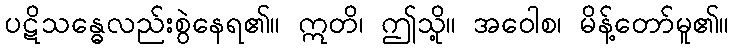
ပဋိသန္ဓေလည်းစွဲနေရ၏။ ဣတိ၊ ဤသို့။ အဝေါစ၊ မိန့်တော်မူ၏။